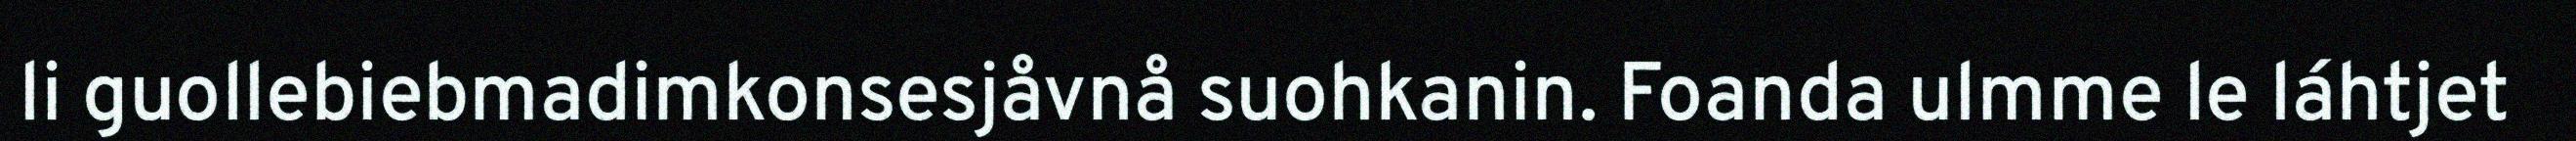
li guollebiebmadimkonsesjåvnå suohkanin. Foanda ulmme le láhtjet